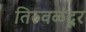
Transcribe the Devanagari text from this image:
तिरुवळंदूर